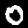
Digit: 0